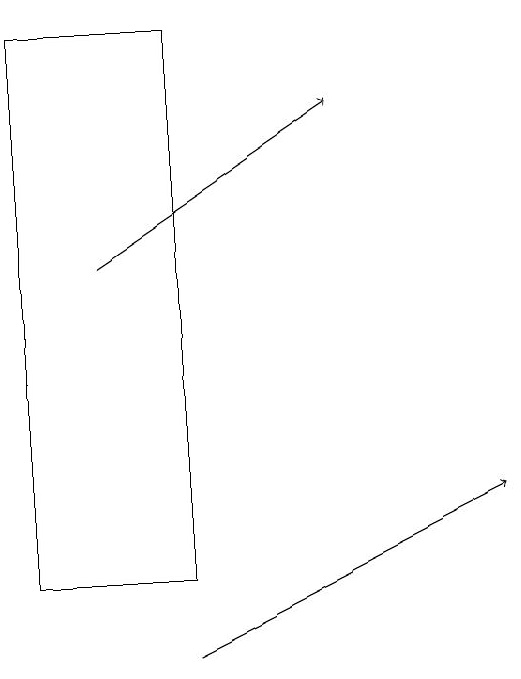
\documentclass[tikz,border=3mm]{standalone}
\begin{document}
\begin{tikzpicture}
\draw (3,12) rectangle (1,19);
\draw[->] (3,11) -- (7,13);
\draw[->] (2,16) -- (5,18);
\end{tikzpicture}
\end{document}